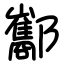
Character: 酅